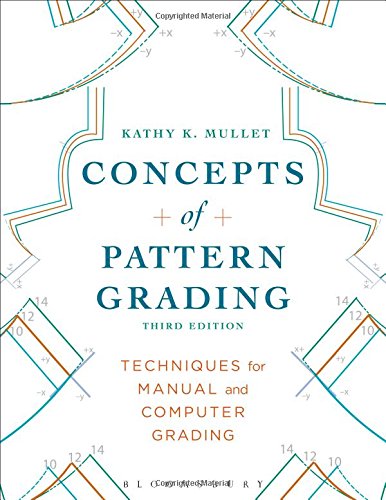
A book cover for Concepts of Pattern Grading: Techniques for Manual and Computer Grading; Kathy K. Mullet; Business & Money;